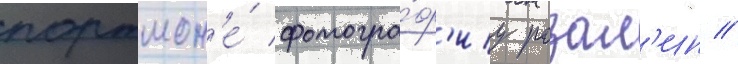
портмон'е́ фотогра́ф'иу розал'ин //